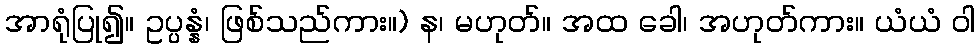
အာရုံပြု၍။ ဥပ္ပန္နံ၊ ဖြစ်သည်ကား။) န၊ မဟုတ်။ အထ ခေါ၊ အဟုတ်ကား။ ယံယံ ဝါ